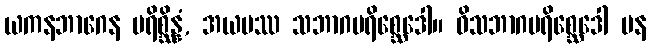
ယကနဘာဂေန ပရိစ္ဆိန္နံ, အယမဿ သဘာဂပရိစ္ဆေဒေါ။ ဝိသဘာဂပရိစ္ဆေဒေါ ပန